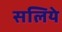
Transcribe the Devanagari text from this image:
सलिये